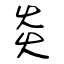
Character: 炎